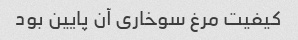
کیفیت مرغ سوخاری آن پایین بود